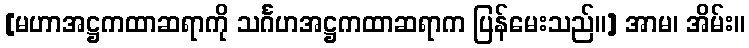
[မဟာအဋ္ဌကထာဆရာကို သင်္ဂဟအဋ္ဌကထာဆရာက ပြန်မေးသည်။] အာမ၊ အိမ်း။